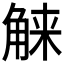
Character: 𰴤